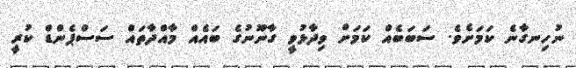
ނުހިނގާނެ ކަމަށެވެ. ސަބަބެއް ކަމަށް ވިދާޅުވީ ގާނޫނުގެ ބައެއް މާއްދާތައް ސަސްޕެންޑް ކުރީ